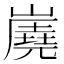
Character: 𡽧